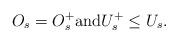
LaTeX: \begin{align*}O_s=O_s^+\textrm{and} U_s^+\leq U_s. \end{align*}